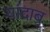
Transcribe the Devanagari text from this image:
यांदाब्